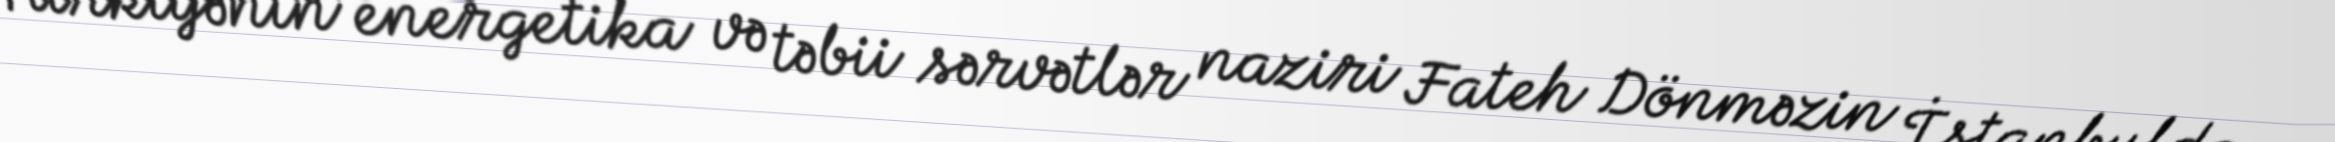
Türkiyənin energetika və təbii sərvətlər naziri Fateh Dönməzin İstanbulda